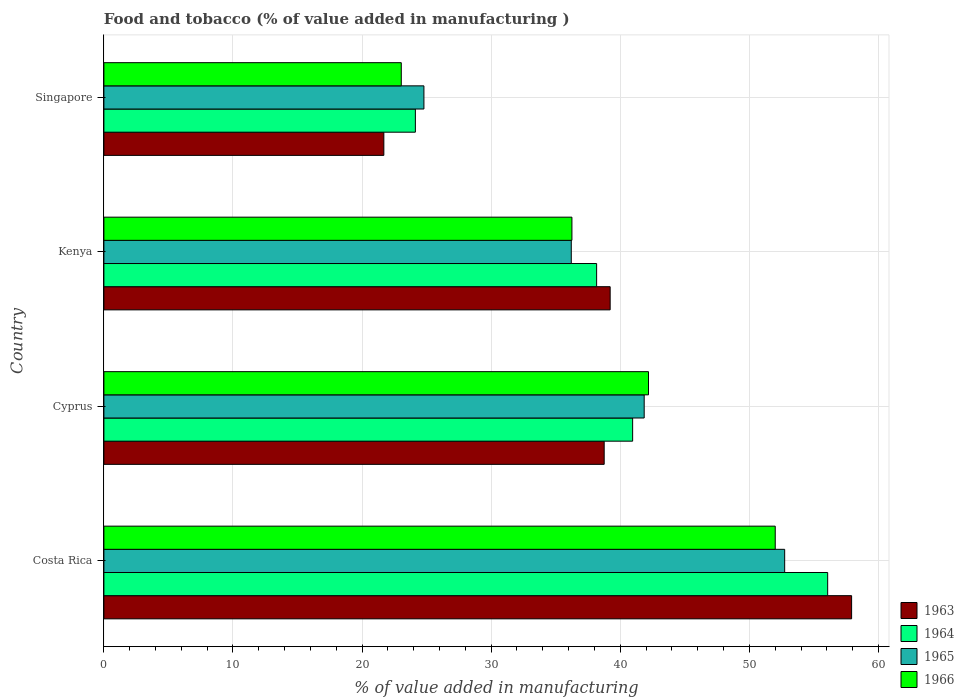
| Country | 1963 | 1964 | 1965 | 1966 |
 | --- | --- | --- | --- | --- |
 | Costa Rica | 57.9 | 56.1 | 52.7 | 52 |
 | Cyprus | 38.8 | 41 | 41.9 | 42.2 |
 | Kenya | 39.2 | 38.2 | 36.2 | 36.3 |
 | Singapore | 21.7 | 24.1 | 24.8 | 23 |